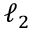
\ell _ { 2 }